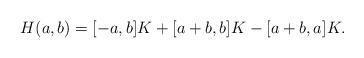
LaTeX: \begin{align*}H(a,b)=[-a,b]K+[a+b,b]K-[a+b,a]K.\end{align*}